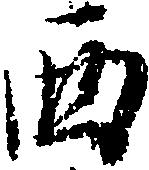
西